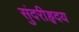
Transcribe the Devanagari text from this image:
सुंदरीहृदय